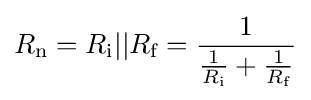
R_{\text{n}}=R_{\text{i}}||R_{\text{f}}={\frac {1}{{\frac {1}{R_{\text{i}}}}+{\frac {1}{R_{\text{f}}}}}}